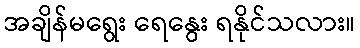
အချိန်မရွေး ရေနွေး ရနိုင်သလား။